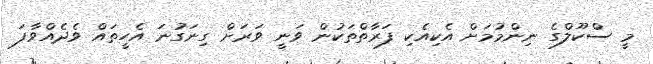
މީ ސްކޫލްގެ ނިންމުމަށް އެކިއެކި ފަރާތްތަކުން ވަނީ ވަރަށް ގިނަގުނަ އެހީތައް ވެދެއްވާފަ